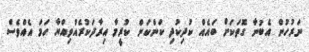
ނަރުހުން އެބުނާ ގޮތަކަށް ބައެއް ކުދިކުދި ކަންކަން ކުރީމާ އިރާދަކުރެއްވިއްޔާ ހަމަ އެއްވެސް